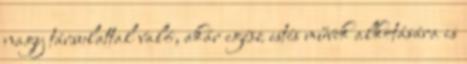
nagy társulattal való, akár egész estés művek alkotására is